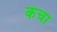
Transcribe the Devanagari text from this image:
कंचा